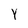
Character: Y